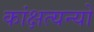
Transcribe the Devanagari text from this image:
कांक्षत्यन्यो